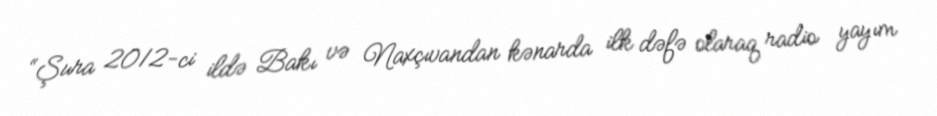
“Şura 2012-ci ildə Bakı və Naxçıvandan kənarda ilk dəfə olaraq radio yayım